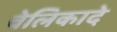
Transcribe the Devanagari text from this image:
वेलिकादे